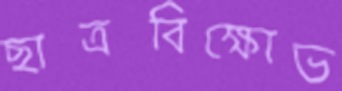
ছাত্রবিক্ষোভ